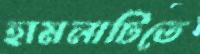
হামলাটিতে